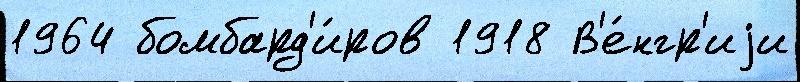
1964 бомбард'и́ров 1918 В'е́нгр'иjи